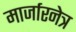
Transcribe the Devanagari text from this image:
मार्जारनेत्र